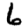
Digit: 6